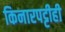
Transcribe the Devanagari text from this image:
किनारपट्टीही